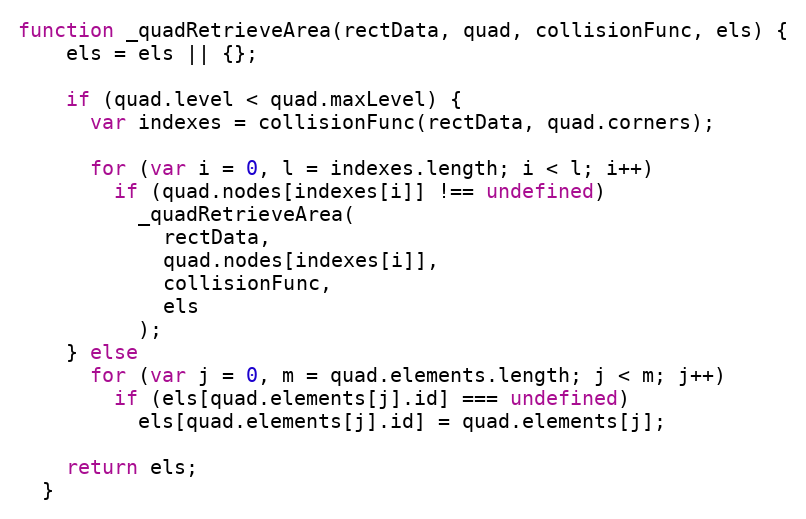
Language: JavaScript
function _quadRetrieveArea(rectData, quad, collisionFunc, els) {
    els = els || {};

    if (quad.level < quad.maxLevel) {
      var indexes = collisionFunc(rectData, quad.corners);

      for (var i = 0, l = indexes.length; i < l; i++)
        if (quad.nodes[indexes[i]] !== undefined)
          _quadRetrieveArea(
            rectData,
            quad.nodes[indexes[i]],
            collisionFunc,
            els
          );
    } else
      for (var j = 0, m = quad.elements.length; j < m; j++)
        if (els[quad.elements[j].id] === undefined)
          els[quad.elements[j].id] = quad.elements[j];

    return els;
  }